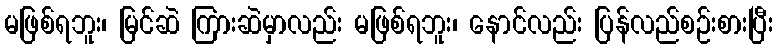
မဖြစ်ရဘူး၊ မြင်ဆဲ ကြားဆဲမှာလည်း မဖြစ်ရဘူး၊ နောင်လည်း ပြန်လည်စဉ်းစားပြီး